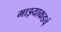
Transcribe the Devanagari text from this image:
माझ्याकडचं